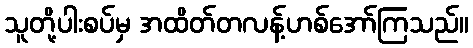
သူတို့ပါးစပ်မှ အထိတ်တလန့်ဟစ်အော်ကြသည်။